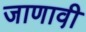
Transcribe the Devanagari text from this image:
जाणावी़